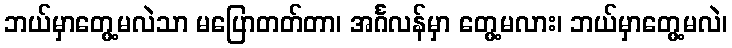
ဘယ်မှာတွေ့မလဲသာ မပြောတတ်တာ၊ အင်္ဂလန်မှာ တွေ့မလား၊ ဘယ်မှာတွေ့မလဲ၊